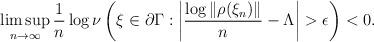
LaTeX: \begin{align*}\limsup_{n\to\infty} \frac{1}{n} \log \nu\left( \xi \in \partial \Gamma: \left| \frac{\log\|\rho(\xi_n)\|}{n} - \Lambda \right| > \epsilon \right) <0.\end{align*}